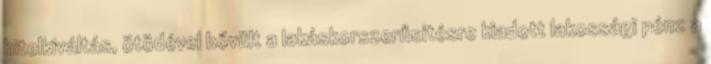
hitelkiváltás, ötödével bővült a lakáskorszerűsítésre kiadott lakossági pénz a